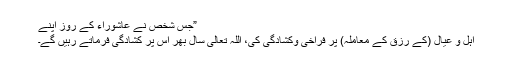
”جس شخص نے عاشوراء کے روز اپنے
اہل و عیال (کے رزق کے معاملہ) پر فراخی وکشادگی کی، اللہ تعالیٰ سال بھر اس پر کشادگی فرماتے رہیں گے۔